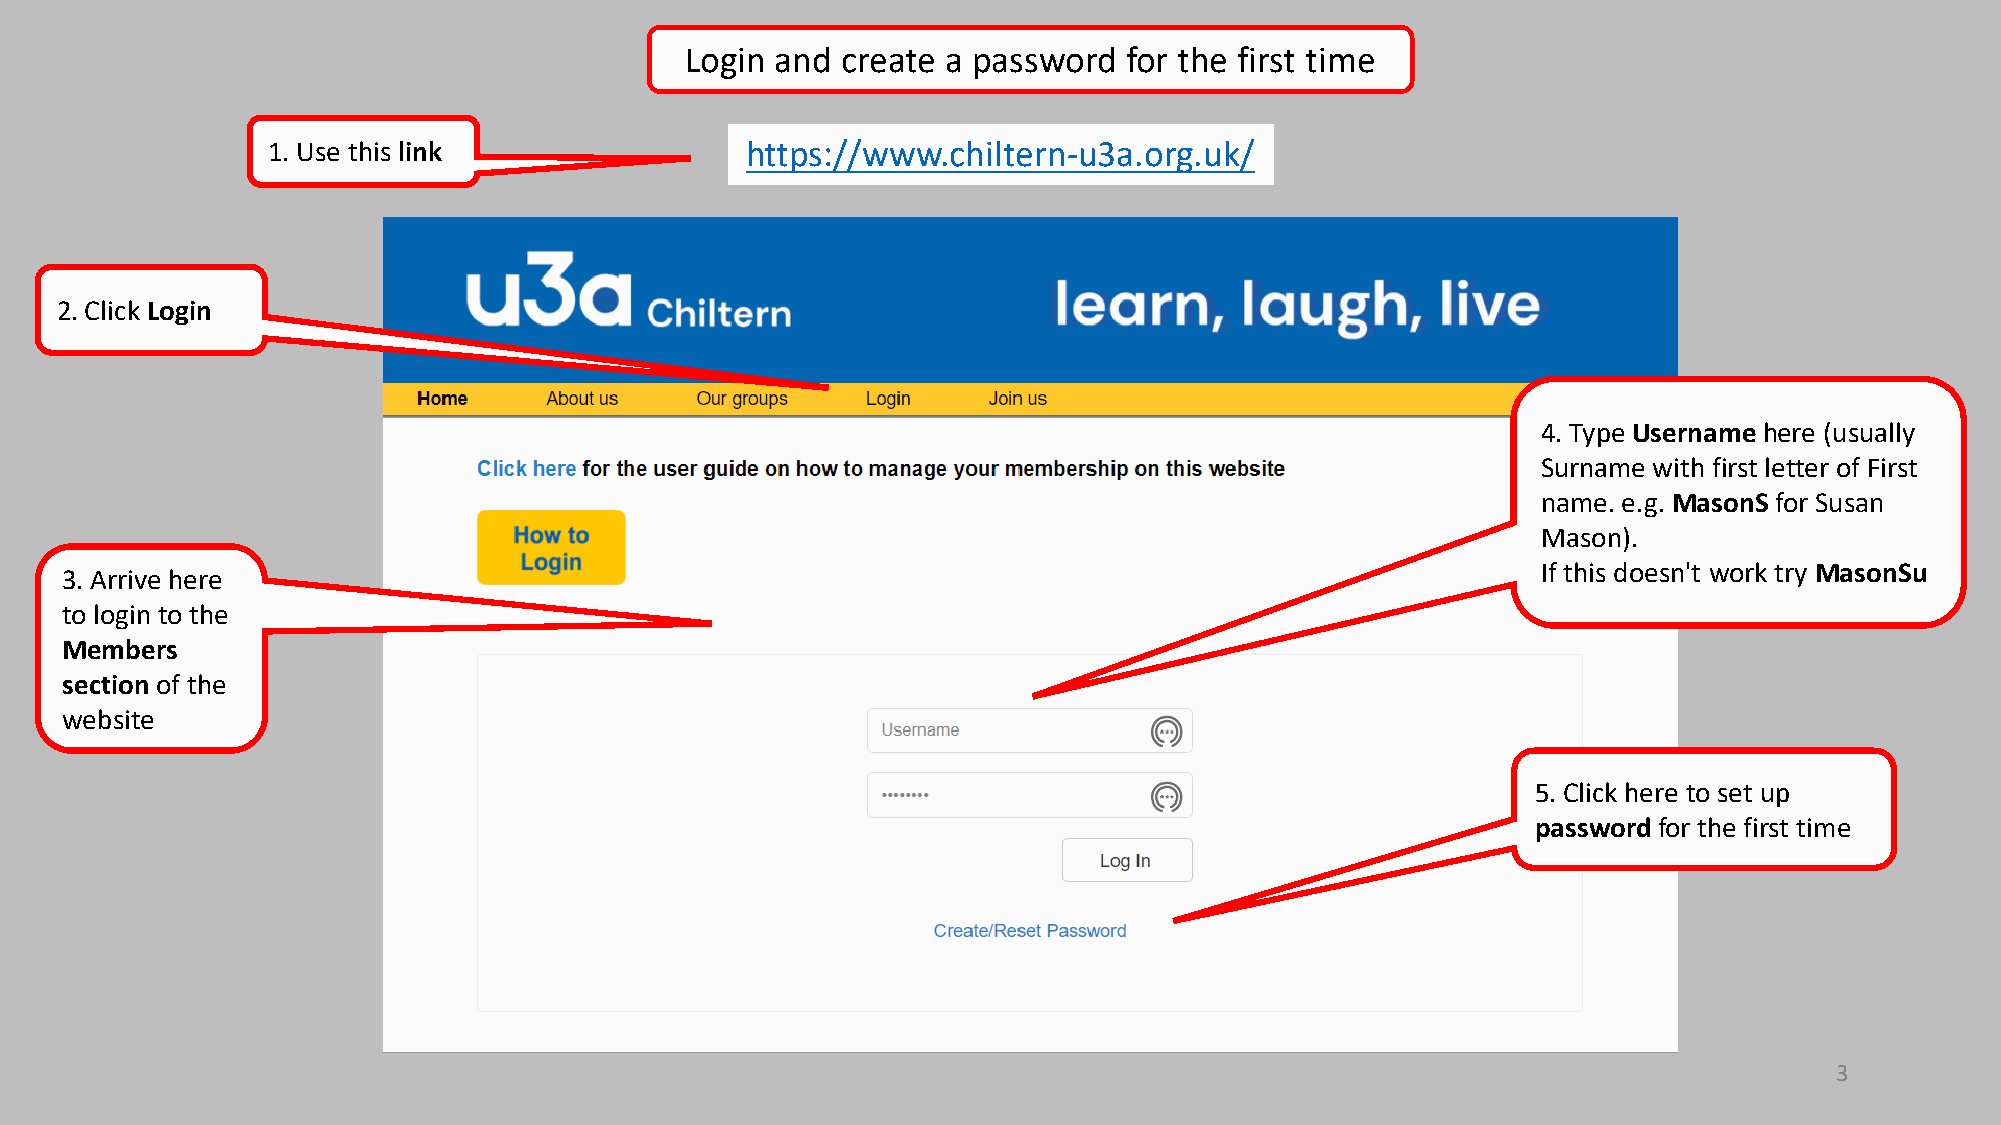
Login and  create a password  for the first time
 1. Use this link               https://www.chiltern-u3a.org.uk/
 2. Click Login
 4. Type Usernamehere (usually
 Surname with first letter of First
 name. e.g. MasonSfor Susan
 Mason).
 If this doesn't work try MasonSu
 3. Arrive here
 to login to the
 Members
 section of the
 website
 5. Click here to set up
 password for the first time
 3